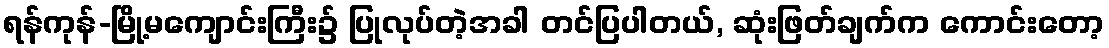
ရန်ကုန်-မြို့မကျောင်းကြီး၌ ပြုလုပ်တဲ့အခါ တင်ပြပါတယ်, ဆုံးဖြတ်ချက်က ကောင်းတော့